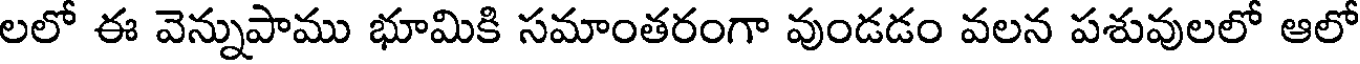
లలో ఈ వెన్నుపాము భూమికి సమాంతరంగా వుండడం వలన పశువులలో ఆలో